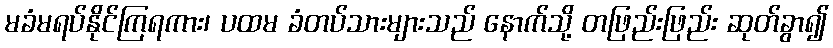
မခံမရပ်နိုင်ကြရကား၊ ပထမ ခံတပ်သားများသည် နောက်သို့ တဖြည်းဖြည်း ဆုတ်ခွာ၍